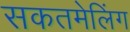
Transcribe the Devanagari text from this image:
सकतमेलिंग